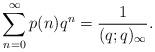
LaTeX: \begin{align*}\sum_{n=0}^{\infty}p(n)q^{n}=\dfrac{1}{(q;q)_{\infty}}.\end{align*}